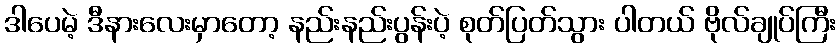
ဒါပေမဲ့ ဒီနားလေးမှာတော့ နည်းနည်းပွန်းပဲ့ စုတ်ပြတ်သွား ပါတယ် ဗိုလ်ချုပ်ကြီး